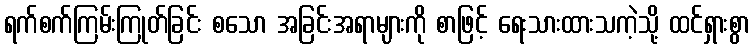
ရက်စက်ကြမ်းကြုတ်ခြင်း စသော အခြင်းအရာများကို စာဖြင့် ရေးသားထားသကဲ့သို့ ထင်ရှားစွာ